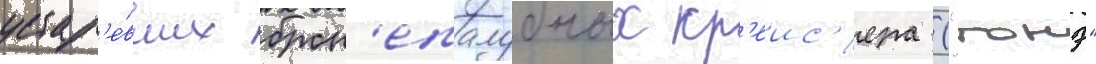
устар'е́вших брон'епалубных кр'еис'ера ("тонэ"